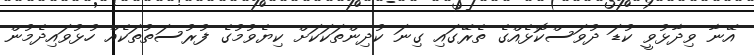
އޭނާ ވިދާޅުވީ ކުޑަ ދުވަސްކޮޅެއްގެ ތެރޭގައި ގިނަ ކުދިންތަކަކަށް ކިޔެވުމުގެ ފުރުސަތުތަކެއް ހުޅުވައިދެމުން